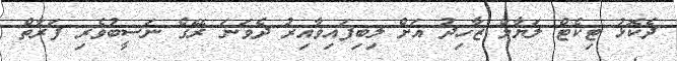
ދެކޮޅު ޓިކެޓް ލަޔާލް ޒާހިދު އަށް ލިބިފައިވާއިރު ދެވަނަ ރޭގެ ނަސީބުވެރި ފަރާތް